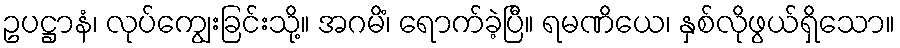
ဥပဋ္ဌာနံ၊ လုပ်ကျွေးခြင်းသို့။ အဂမိံ၊ ရောက်ခဲ့ပြီ။ ရမဏိယေ၊ နှစ်လိုဖွယ်ရှိသော။